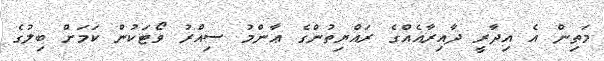
މަތިން އެ އިދާރީ ދާއިރާއެއްގެ ރައްޔިތުންގެ ޢާންމު ސިއްރު ވޯޓަކުން ކަމަށް ބިލުގެ